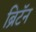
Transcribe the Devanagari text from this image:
ब्रिटॅन